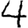
Digit: 4